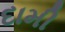
દામી